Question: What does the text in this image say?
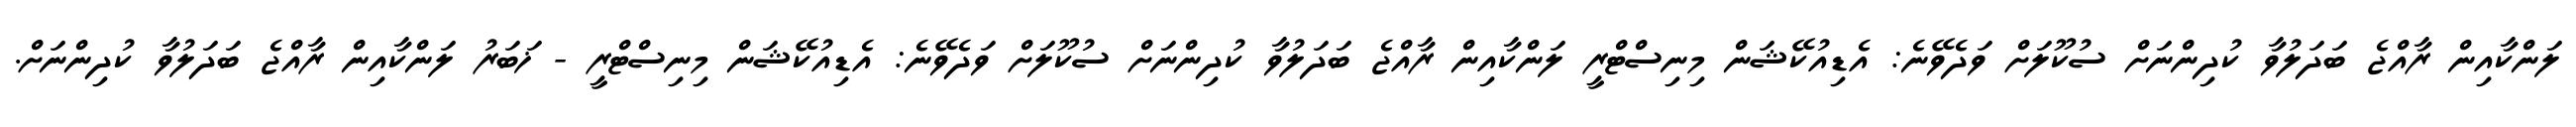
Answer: ލަންކާއިން ރާއްޖެ ބަދަލުވާ ކުދިންނަށް ސުކޫލަށް ވަދެވޭނެ: އެޑިއުކޭޝަން މިނިސްޓްރީ ލަންކާއިން ރާއްޖެ ބަދަލުވާ ކުދިންނަށް ސުކޫލަށް ވަދެވޭނެ: އެޑިއުކޭޝަން މިނިސްޓްރީ - ޚަބަރު ލަންކާއިން ރާއްޖެ ބަދަލުވާ ކުދިންނަށް.